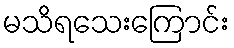
မသိရသေးကြောင်း